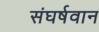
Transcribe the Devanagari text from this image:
संघर्षवान